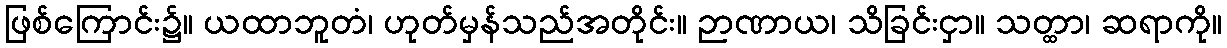
ဖြစ်ကြောင်း၌။ ယထာဘူတံ၊ ဟုတ်မှန်သည်အတိုင်း။ ဉာဏာယ၊ သိခြင်းငှာ။ သတ္ထာ၊ ဆရာကို။